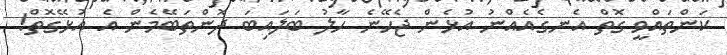
ކަންތައްވީ ގޮތް އެނގެއެއްނު އުޅެން ޖެހޭނެ ހާލު ބަލައިބަ ދޮންތަބޭމެން އެ އުޅޭގޮތް!